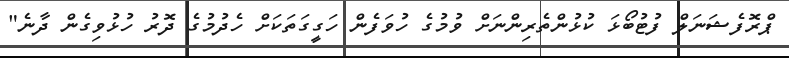
ޕްރޮފެޝަނަލް ފުޓުބޯޅަ ކުޅުންތެރިންނަށް ވުމުގެ ހުވަފެން ހަގީގަތަކަށް ހެދުމުގެ ދޮރު ހުޅުވިގެން ދާނެ"